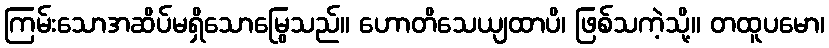
ကြမ်းသောအဆိပ်မရှိသောမြွေသည်။ ဟောတိသေယျထာပိ၊ ဖြစ်သကဲ့သို့။ တထူပမော၊